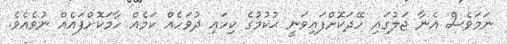
ނަމަވެސް އެނާ ޖަލުގައި ހޭދަކޮށްފައިވަނީ ޙުކުމުގެ ކިހައި ދުވަހެއް ކަމެއް ހާމަކޮށްފައެއް ނުވެއެވެ.